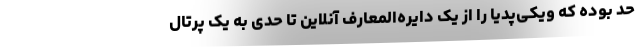
حد بوده که ویکی‌پدیا را از یک دایره‌المعارف آنلاین تا حدی به یک پرتال